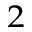
^ 2